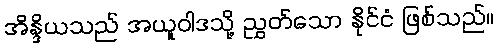
အိန္ဒိယသည် အယူဝါဒသို့ ညွှတ်သော နိုင်ငံ ဖြစ်သည်။